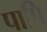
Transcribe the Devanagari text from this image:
पापि